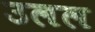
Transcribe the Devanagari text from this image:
उलल